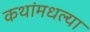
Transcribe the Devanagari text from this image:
कथांमधल्या